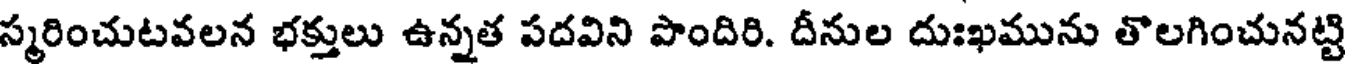
స్మరించుటవలన భక్తులు ఉన్నత పదవిని పొందిరి. దీనుల దుఃఖమును తొలగించునట్టి